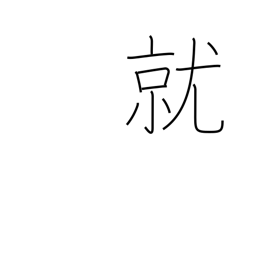
Meaning: take position